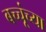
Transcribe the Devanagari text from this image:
बच्चूंच्या